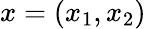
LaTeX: x=(x_{1},x_{2})